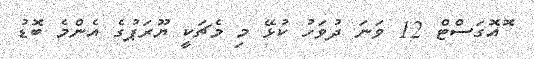
ޮއޮގަސްޓް 12 ވަނަ ދުވަހު ކުޅޭ މި މެޗަކީ ޔޫރަޕުގެ އެންމެ ބޮޑު